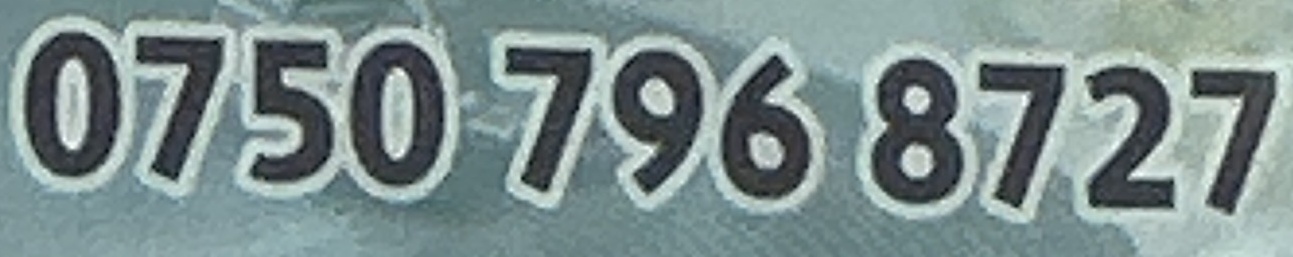
0750 796 8727